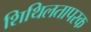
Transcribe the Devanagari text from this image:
शिथिलतापरक